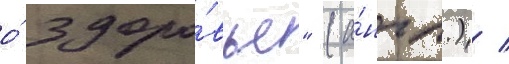
о́ здоро́вье" (а́нгл.) /